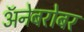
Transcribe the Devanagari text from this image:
अॅनेबरोबर